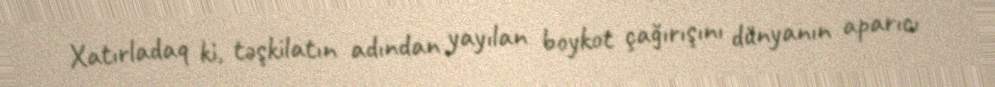
Xatırladaq ki, təşkilatın adından yayılan boykot çağırışını dünyanın aparıcı